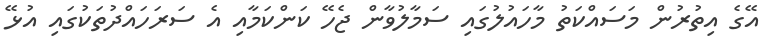
އޭގެ އިތުރުން މަސައްކަތު މާހައުލުގައި ސަމާލުވާން ޖެހޭ ކަންކަމާއި އެ ސަރަހައްދުތަކުގައި އުޅޭ